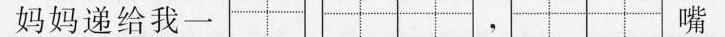
妈妈递给我一 ,嘴